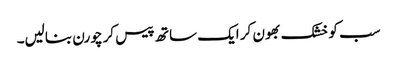
سب کو خشک بھون کر ایک ساتھ پیس کر چورن بنالیں۔